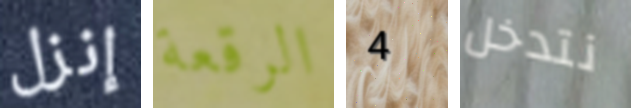
إنزل الرقعة 4 نتدخل